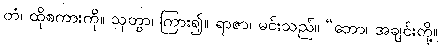
တံ၊ ထိုစကားကို။ သုတွာ၊ ကြား၍။ ရာဇာ၊ မင်းသည်။ “ဘော၊ အချင်းတို့။